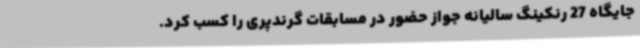
جایگاه 27 رنکینگ سالیانه جواز حضور در مسابقات گرندپری را کسب کرد.